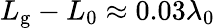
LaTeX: L_{\mathrm{g}}-L_{0}\approx 0.03\lambda_{0}